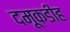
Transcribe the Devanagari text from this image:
दमूकडीह